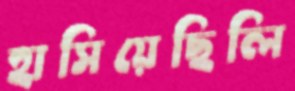
হাসিয়েছিলি